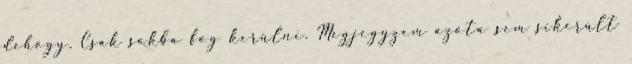
dehogy. Csak sokba fog kerülni. Megjegyzem azóta sem sikerült